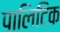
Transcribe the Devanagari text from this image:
पालिटिक